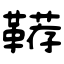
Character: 鞯